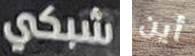
شبكي أين